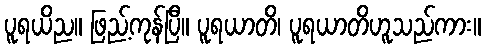
ပူရယိည။ ဖြည့်ကုန်ပြီ။ ပူရယာတိ၊ ပူရယာတိဟူသည်ကား။